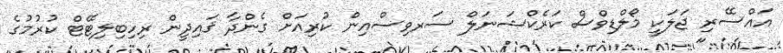
އައްސޭރި ޖަލަކީ މޯލްޑިވްސް ކަރެކްޝަނަލް ސަރވިސްއިން ކުރިއަށް ގެންދާ ޤައިދީން ރިހިބިލިޓޭޓް ކުރުމުގެ